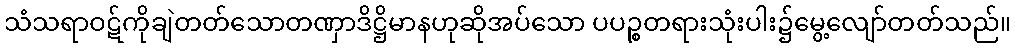
သံသရာဝဋ်ကိုချဲတတ်သောတဏှာဒိဋ္ဌိမာနဟုဆိုအပ်သော ပပဉ္စတရားသုံးပါး၌မွေ့လျော်တတ်သည်။